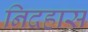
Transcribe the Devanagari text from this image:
निदहास